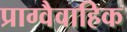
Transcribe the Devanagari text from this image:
प्राग्वैवाहिक